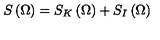
S \left( \Omega \right) = S _ { K } \left( \Omega \right) + S _ { I } \left( \Omega \right)